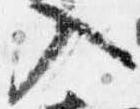
入